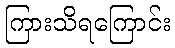
ကြားသိရကြောင်း